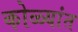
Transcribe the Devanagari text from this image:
कोळ्यांत